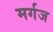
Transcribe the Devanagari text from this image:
मर्गज